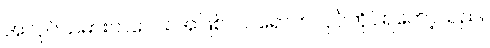
အလုပ်သမားကလေး အဖြစ် ဝင်ရောက်လုပ်ကိုင်ရတော့သည်။